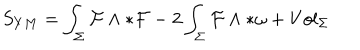
S _ { Y M } = \int _ { \Sigma } { \cal { F } } \wedge * { \cal { F } } - 2 \int _ { \Sigma } { \cal { F } } \wedge * { \omega } + V o l _ { { \Sigma } }